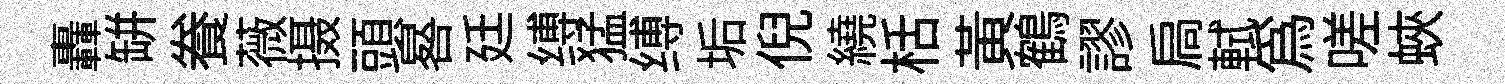
轟缾飬薇摄頭晷廷缚猛缚垢倪繞栝黄鶴謬扃軾為嗟蛺